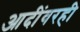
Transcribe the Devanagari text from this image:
आदींवरही